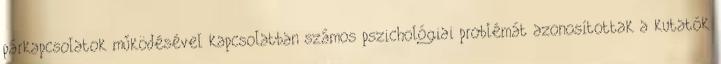
párkapcsolatok működésével kapcsolatban számos pszichológiai problémát azonosítottak a kutatók